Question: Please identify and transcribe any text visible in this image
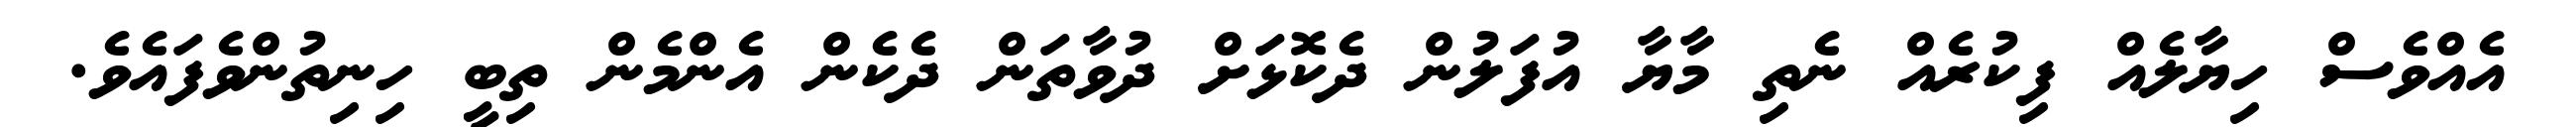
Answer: އެއްވެސް ހިޔާލެއް ފިކުރެއް ނެތި މާޔާ އުފަލުން ދެކޮޅަށް ދުވާތަން ދެކެން އެންމެން ތިބީ ހިނިތުންވެފައެވެ.